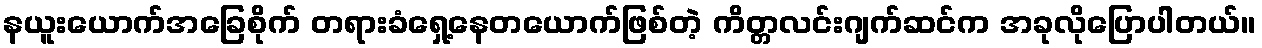
နယူးယောက်အခြေစိုက် တရားခံရှေ့နေတယောက်ဖြစ်တဲ့ ကိတ္တလင်းဂျက်ဆင်က အခုလိုပြောပါတယ်။